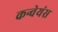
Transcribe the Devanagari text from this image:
कन्वेयंस